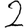
Digit: 2